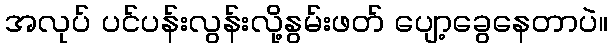
အလုပ် ပင်ပန်းလွန်းလို့နွမ်းဖတ် ပျော့ခွေနေတာပဲ။